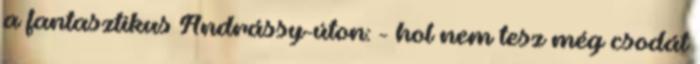
a fantasztikus Andrássy-úton: - hol nem tesz még csodát